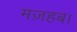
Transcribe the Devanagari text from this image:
मज़हब।